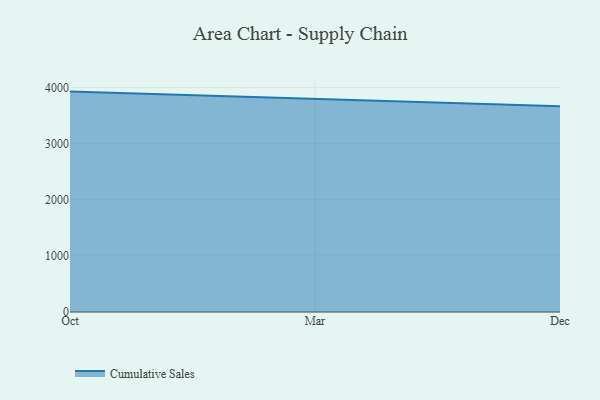
{"axis": {"x": "Month", "y": "Humidity (%)"}, "legend": ["Cumulative Sales"], "data": [{"x": "Oct", "y": 3928.8, "type": "Cumulative Sales"}, {"x": "Mar", "y": 3794.3, "type": "Cumulative Sales"}, {"x": "Dec", "y": 3669.1, "type": "Cumulative Sales"}]}